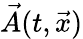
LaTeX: \vec{A}(t,\vec{x})